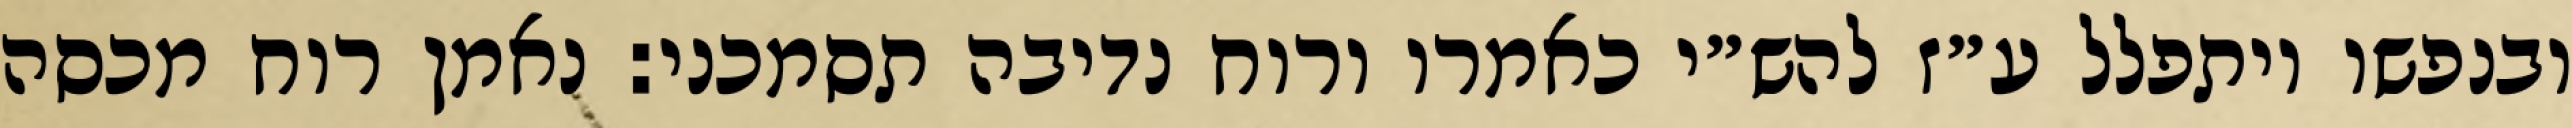
ובנפשו ויתפלל ע״ז להש״י כאמרו ורוח נדיבה תסמכני: נאמן רוח מכסה